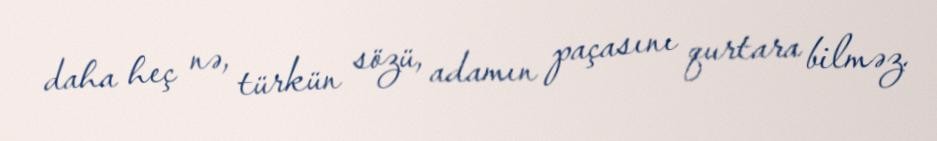
daha heç nə, türkün sözü, adamın paçasını qurtara bilməz.